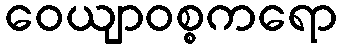
ဝေယျာဝစ္စကရော